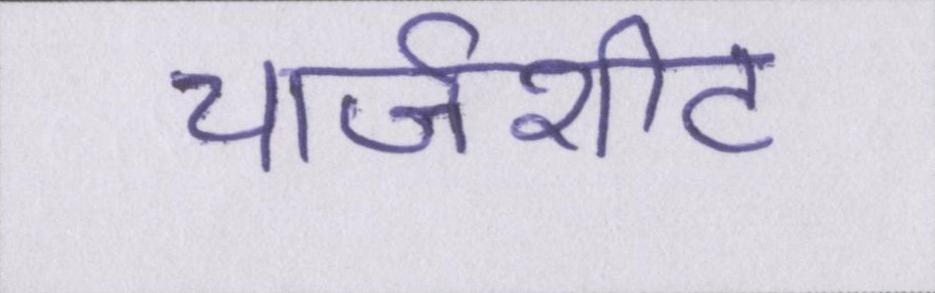
चार्जशीट